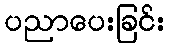
ပညာပေးခြင်း